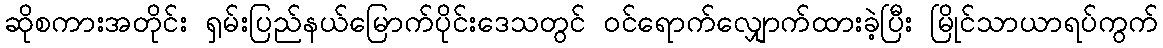
ဆိုစကားအတိုင်း ရှမ်းပြည်နယ်မြောက်ပိုင်းဒေသတွင် ဝင်ရောက်လျှောက်ထားခဲ့ပြီး မြိုင်သာယာရပ်ကွက်